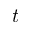
t